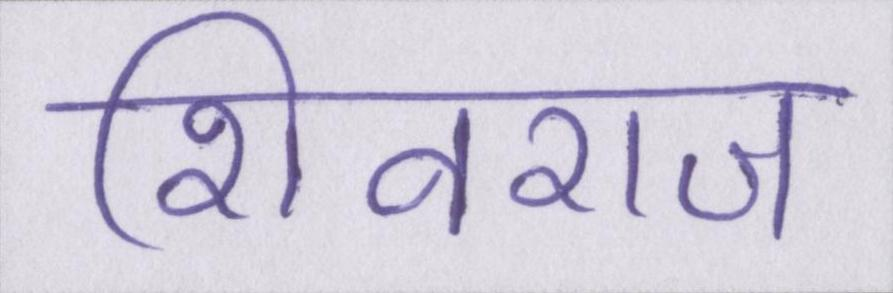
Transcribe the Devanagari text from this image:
शिवराज